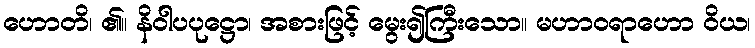
ဟောတိ၊ ၏။ နိဝါပပုဋ္ဌော၊ အစားဖြင့် မွေး၍ကြီးသော။ မဟာဝရာဟော ဝိယ၊